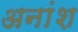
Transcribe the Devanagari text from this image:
अनांश